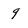
Character: 9